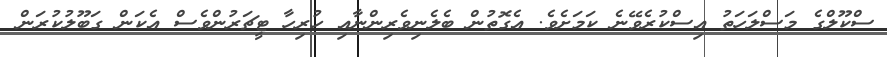
ސްކޫލްގެ މަސްލަހަތު އިސްކުރެވޭނެ ކަމަށެވެ. އެގޮތުން ބެލެނިވެރިންނާއި ހުރިހާ ޓީޗަރުންވެސް އެކަން ގަބޫލުކުރަން